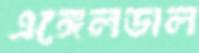
এঙ্গেলডাল